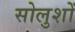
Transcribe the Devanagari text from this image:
सोलुशों